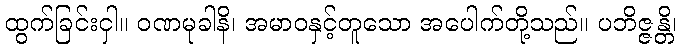
ထွက်ခြင်းငှါ။ ဝဏမုခါနိ၊ အမာဝနှင့်တူသော အပေါက်တို့သည်။ ပဘိဇ္ဇန္တိ၊